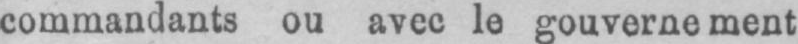
commandants ou avec le gouvernement